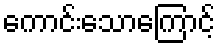
ကောင်းသောကြောင့်